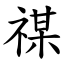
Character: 禖